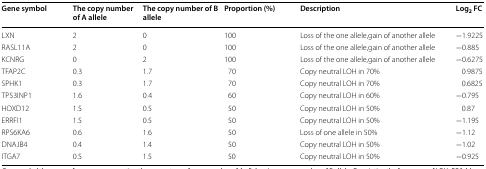
| Gene symbol | The copy number of A allele | The copy number of B allele | Proportion (%) | Description | Log2 FC |
 | --- | --- | --- | --- | --- | --- |
 | LXN | 2 | 0 | 100 | Loss of the one allele,gain of another allele | −1.9225 |
 | RASL11A | 2 | 0 | 100 | Loss of the one allele,gain of another allele | −0.885 |
 | KCNRG | 0 | 2 | 100 | Loss of the one allele,gain of another allele | −0.6275 |
 | TFAP2C | 0.3 | 1.7 | 70 | Copy neutral LOH in 70% | 0.9875 |
 | SPHK1 | 0.3 | 1.7 | 70 | Copy neutral LOH in 70% | 0.6825 |
 | TP53INP1 | 1.6 | 0.4 | 60 | Copy neutral LOH in 60% | −0.795 |
 | HOXD12 | 1.5 | 0.5 | 50 | Copy neutral LOH in 50% | 0.87 |
 | ERRFI1 | 1.5 | 0.5 | 50 | Copy neutral LOH in 50% | −1.195 |
 | RPS6KA6 | 0.6 | 1.6 | 50 | Loss of one allele in 50% | −1.12 |
 | DNAJB4 | 0.4 | 1.4 | 50 | Copy neutral LOH in 50% | −1.02 |
 | ITGA7 | 0.5 | 1.5 | 50 | Copy neutral LOH in 50% | −0.925 |